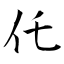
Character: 仛